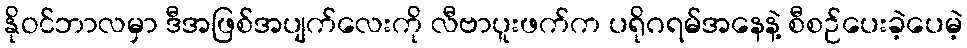
နိုဝင်ဘာလမှာ ဒီအဖြစ်အပျက်လေးကို လီဗာပူးဖက်က ပရိုဂရမ်အနေနဲ့ စီစဉ်ပေးခဲ့ပေမဲ့